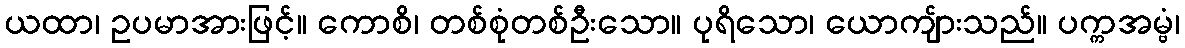
ယထာ၊ ဥပမာအားဖြင့်။ ကောစိ၊ တစ်စုံတစ်ဦးသော။ ပုရိသော၊ ယောကျ်ားသည်။ ပက္ကအမ္ဗံ၊